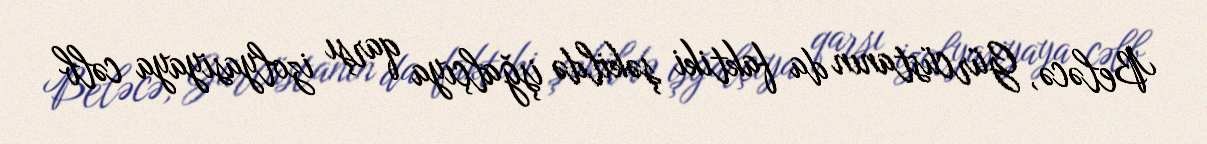
Beləcə, Gürcüstanın da faktiki şəkildə işğalçıya qarşı izolyasiyaya cəlb